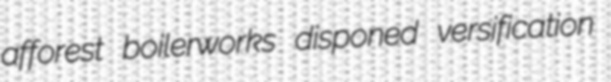
afforest boilerworks disponed versification